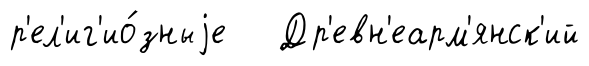
р'ел'иг'ио́зныjе Др'евн'еарм'янск'ий